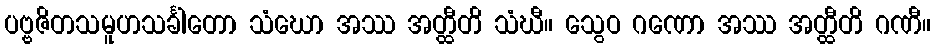
ပဗ္ဗဇိတသမူဟသင်္ခါတော သံဃော အဿ အတ္ထီတိ သံဃီ။ သွေဝ ဂဏော အဿ အတ္ထီတိ ဂဏီ။